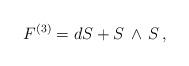
LaTeX: \begin{align*} F^{(3)} = d S + S\, \wedge\, S\,,\end{align*}